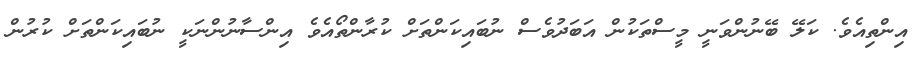
އިންތިއެވެ. ކަލޭ ބޭނުންވަނީ މީސްތަކުން އަބަދުވެސް ނުބައިކަންތަށް ކުރާންތޯއެވެ އިންސާނުންނަކީ ނުބައިކަންތަށް ކުރުން